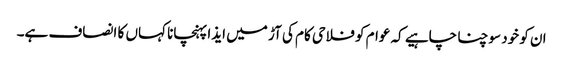
ان کو خود سوچنا چاہیے کہ عوام کو فلاحی کام کی آڑ میں ایذا پہنچانا کہاں کا انصاف ہے۔